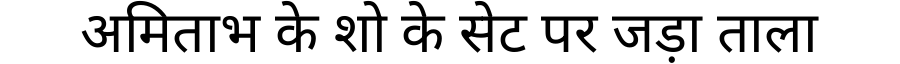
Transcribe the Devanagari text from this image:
अमिताभ के शो के सेट पर जड़ा ताला